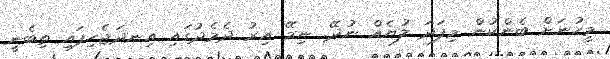
މީހުނަށް ބެންކުން މިފަދަ ލުޔެއް ނުދޭ. ނިމޭ އިރު ދެމެދުގައި އިނދަޖެހިފައި ތިބެނީ